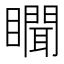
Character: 𰦇